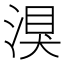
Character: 湨